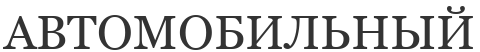
АВТОМОБИЛЬНЫЙ